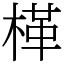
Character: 㮖